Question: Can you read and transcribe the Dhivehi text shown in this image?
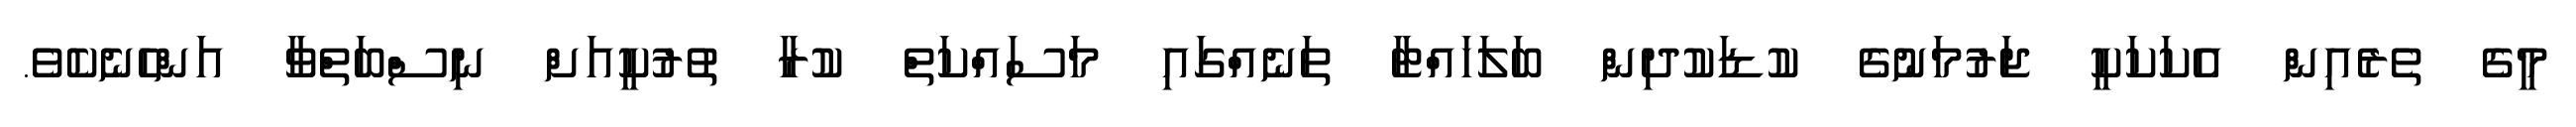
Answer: މީގެ ތެރެއިން އެކަކަކީ ޖަރުމަނުގެ ކުޑަކުދިން ބަލަހައްޓާ ތަނެއްގައި މަސައްކަތް ކުރާ ތުރުކީއަށް ނިސްބަތްވާ އަންހެނެކެވެ.